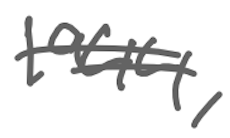
Text: 1944,
Cross-out: double-line
Writing tool: digital_gray